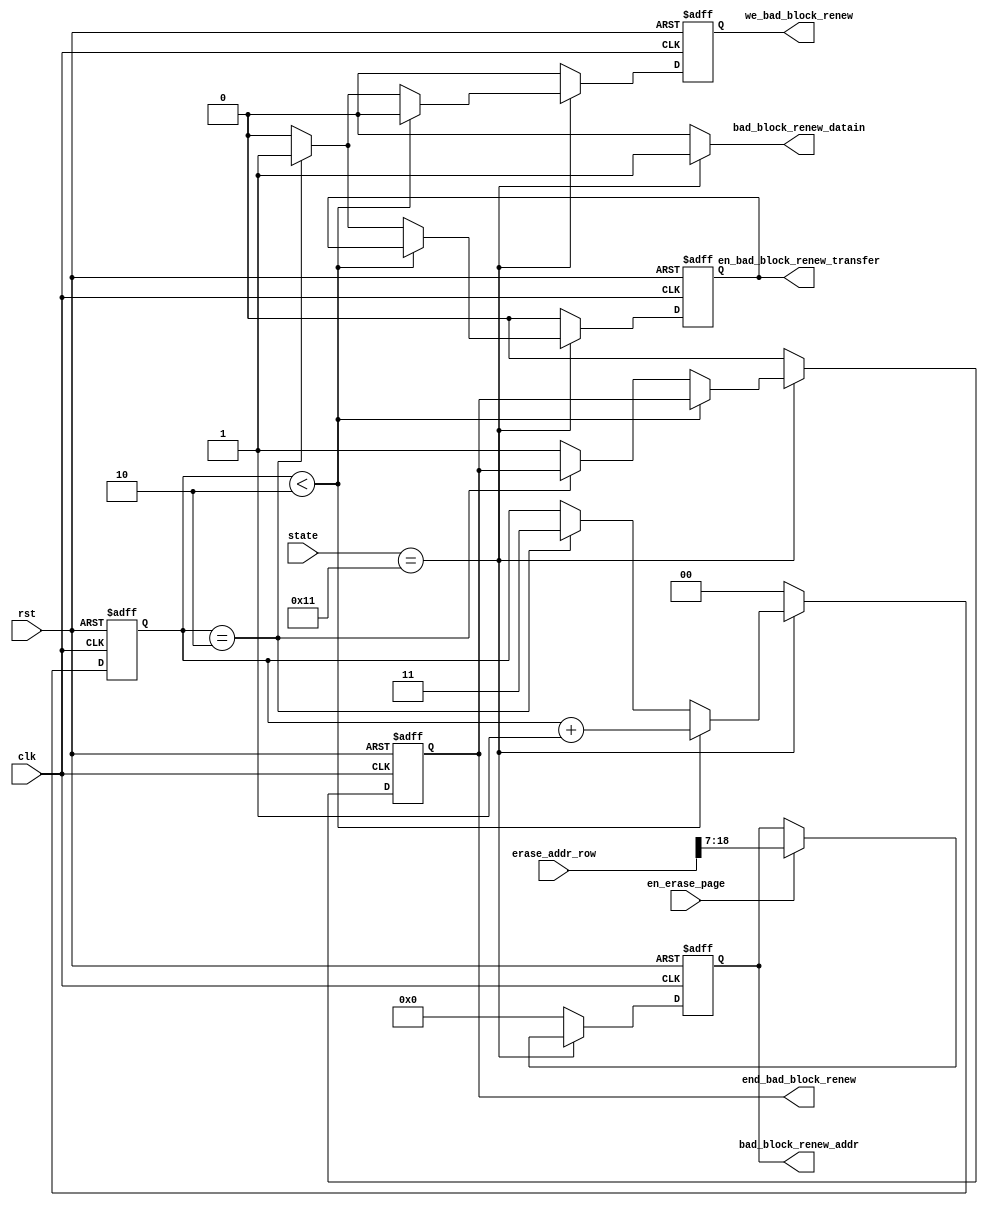
module bad_block_manage(
	input rst,clk,
	input [23:0]erase_addr_row,
	input en_erase_page,
	input [4:0] state,
	
	output reg end_bad_block_renew,							//
	output [11:0]bad_block_renew_addr,
	output reg we_bad_block_renew,
	output bad_block_renew_datain,			
	output reg en_bad_block_renew_transfer					//MCU
    );
	 	 
	reg [11:0] bad_block_addr;
	reg [1:0] i;

	assign bad_block_renew_addr = bad_block_addr;
	assign bad_block_renew_datain = (state == 17) ? 1 : 0;

	always @(posedge clk or posedge rst)			//
	begin
		if(rst)
			bad_block_addr <= 0;
		else
			if(state == 17)
			begin
				if(en_erase_page)
				bad_block_addr <= erase_addr_row[18:7];
			end
			else
				bad_block_addr <= 0;
	end
	
	always @(posedge clk or posedge rst)		//weram
	begin
		if(rst)
		begin
			we_bad_block_renew <= 0;
			end_bad_block_renew <= 0;
			en_bad_block_renew_transfer <= 0;
			i<=0;
		end
		else
			if(state == 17)
				if(i < 2)
				begin
					we_bad_block_renew <=0;
					i <= i+1;
				end
				else if(i == 2)
				begin
					we_bad_block_renew <= 1;
					en_bad_block_renew_transfer <= 1;
					i <= 3;
				end
				else
				begin
					end_bad_block_renew <= 1;
					we_bad_block_renew <= 0;
					en_bad_block_renew_transfer <= 0;
				end
			else
			begin
				i <= 0;
				we_bad_block_renew <= 0;
				end_bad_block_renew <= 0;
				en_bad_block_renew_transfer <= 0;
			end
	end

endmodule